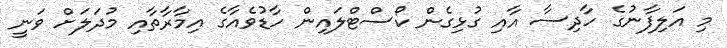
މި އަލިފާނުގެ ހާދިސާ އާއި ގުޅިގެން ކޯސްޓްލައިން ހާޑުވެއާގެ އިމާރާތާއި މުދަލަށް ވަނީ